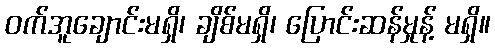
ဝက်အူချောင်းမရှိ၊ ချိစ်မရှိ၊ ပြောင်းဆန်မှုန့် မရှိ။